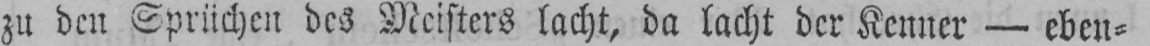
zu den Sprüchen des Meisters lacht, da lacht der Kenner - eben⸗